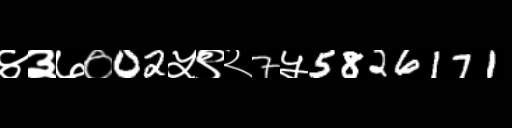
Text: ४३७०02५९२7५5826171